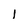
Character: l